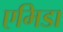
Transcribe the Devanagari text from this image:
एमिडा